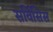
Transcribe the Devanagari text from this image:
सर्विसिस